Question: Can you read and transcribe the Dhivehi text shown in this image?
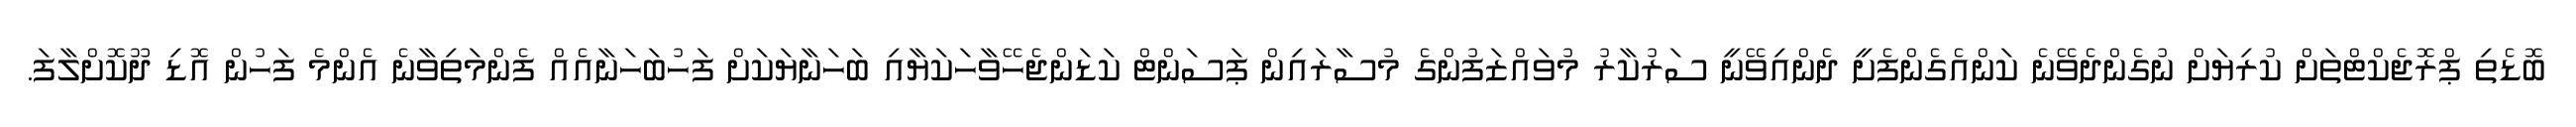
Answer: ބޮޑެތި ޕްރޮޖެކްޓްތަށް ކުރިޔަށް ނުގެންދެވޭނެ ކަންއެގެންފެށީ ދެންއިވޭނީ ސަރުކާރު މުވައްޒަފުންގެ މުސާރައިން ޕަސަންޓް ކަޑަންޖެހޭވާހަކަޔާއި ބަހަނާޔަކަށް ފަހުބަހަނާއެއް ފެންމަތިވާނެ އެންމެ ފަހުން އޮޑި ދޫކޮށްލާފަ.